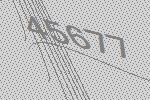
45677